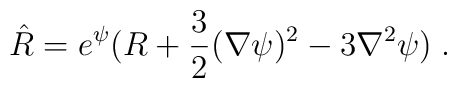
\hat{R} = e^{\psi} (R + \frac{3}{2} (\nabla \psi)^2 - 3 \nabla^2 \psi) \; .